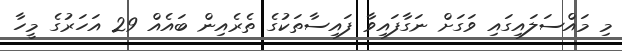
މި މައްސަލައިގައި ވަގަށް ނަގާފައިވާ ފައިސާތަކުގެ ތެރެއިން ބައެއް 29 އަހަރުގެ މީހާ